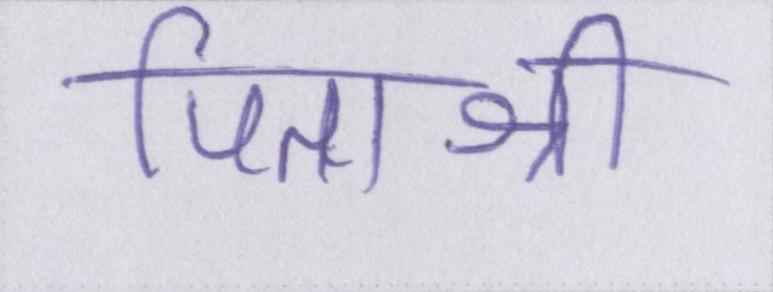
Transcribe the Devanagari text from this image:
पिताश्री